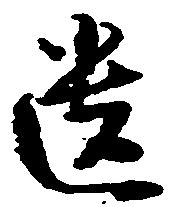
遺